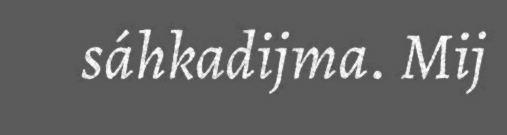
sáhkadijma. Mij